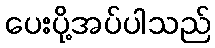
ပေးပို့အပ်ပါသည်